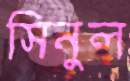
সিনুল